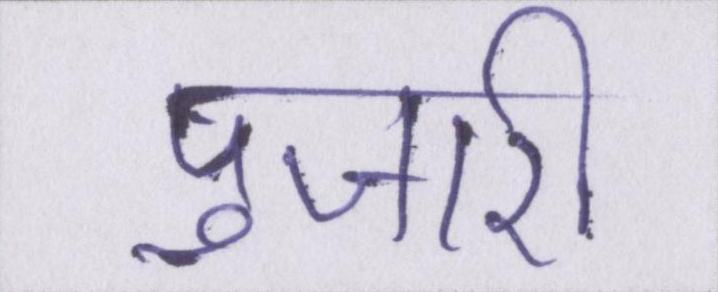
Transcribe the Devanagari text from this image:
पुजारी